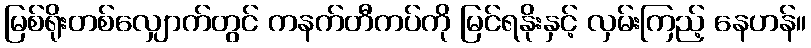
မြစ်ရိုးတစ်လျှောက်တွင် ကနက်တီကပ်ကို မြင်ရနိုးနှင့် လှမ်းကြည့် နေဟန်။